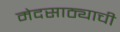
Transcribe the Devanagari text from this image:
मेदसाठ्याची